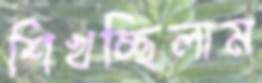
শিখচ্ছিলাম